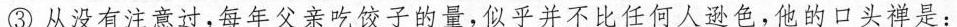
③从没有注意过，每年亲吃子的量，似乎并不比任何人进色，他的口头禅是：